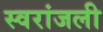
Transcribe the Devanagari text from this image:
स्वरांजली